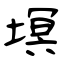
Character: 塓